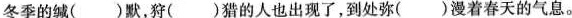
冬季的缄( )默，狩( )猎的人也出现了，到处弥()漫着春天的气息。